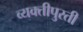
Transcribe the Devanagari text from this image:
व्यक्तीपुरती